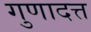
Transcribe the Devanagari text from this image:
गुणादत्त